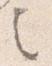
之